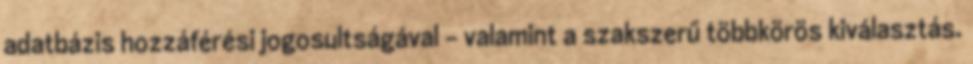
adatbázis hozzáférési jogosultságával - valamint a szakszerű többkörös kiválasztás.